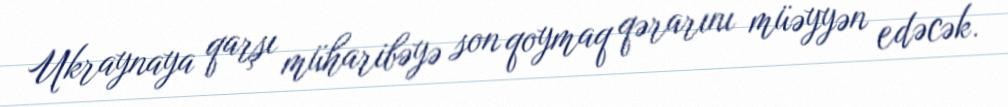
Ukraynaya qarşı müharibəyə son qoymaq qərarını müəyyən edəcək.